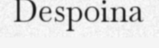
Despoina